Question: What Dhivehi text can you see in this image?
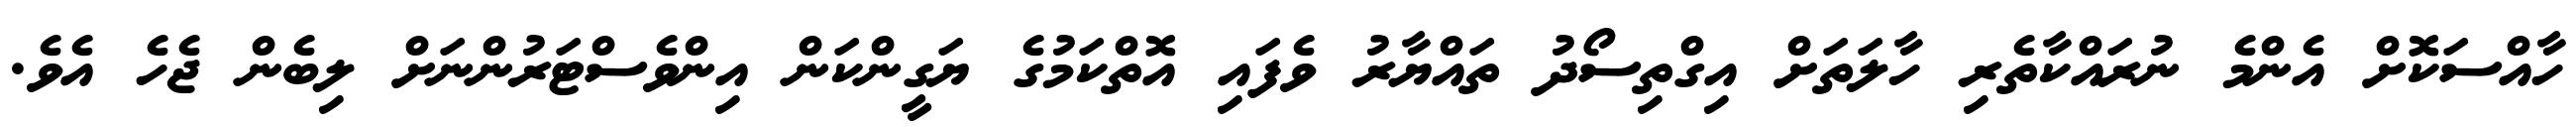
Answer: ހާއްސަކޮށް އެންމެ ނުރައްކާތެރި ހާލަތަށް އިގްތިސޯދު ތައްޔާރު ވެފައި އޮތްކަމުގެ ޔަގީންކަން އިންވެސްޓަރުންނަށް ލިބެން ޖެހެ އެވެ.